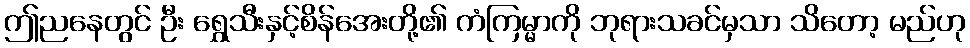
ဤညနေတွင် ဦး ရွှေသီးနှင့်စိန်အေးတို့၏ ကံကြမ္မာကို ဘုရားသခင်မှသာ သိတော့ မည်ဟု